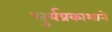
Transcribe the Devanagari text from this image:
सुर्यप्रकाशाने